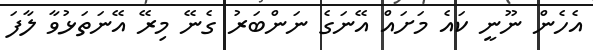
އެހެން ނޫނީ ކައެ މަށައް އޭނަގެ ނަންބަރު ގެނޭ މިރޭ އޭނަތަޅުވާ ލާފަ